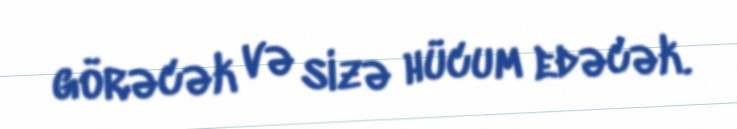
görəcək və sizə hücum edəcək.